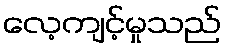
လေ့ကျင့်မှုသည်